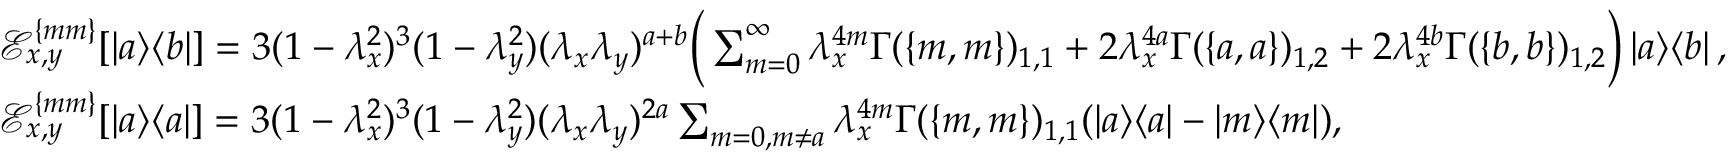
\begin{array} { r l } & { \mathcal { E } _ { x , y } ^ { \{ m m \} } [ \left| a \middle > \middle < b \right| ] = 3 ( 1 - \lambda _ { x } ^ { 2 } ) ^ { 3 } ( 1 - \lambda _ { y } ^ { 2 } ) ( \lambda _ { x } \lambda _ { y } ) ^ { a + b } \bigg ( \sum _ { m = 0 } ^ { \infty } \lambda _ { x } ^ { 4 m } \Gamma ( \{ m , m \} ) _ { 1 , 1 } + 2 \lambda _ { x } ^ { 4 a } \Gamma ( \{ a , a \} ) _ { 1 , 2 } + 2 \lambda _ { x } ^ { 4 b } \Gamma ( \{ b , b \} ) _ { 1 , 2 } \bigg ) \left| a \middle > \middle < b \right| , } \\ & { \mathcal { E } _ { x , y } ^ { \{ m m \} } [ \left| a \middle > \middle < a \right| ] = 3 ( 1 - \lambda _ { x } ^ { 2 } ) ^ { 3 } ( 1 - \lambda _ { y } ^ { 2 } ) ( \lambda _ { x } \lambda _ { y } ) ^ { 2 a } \sum _ { m = 0 , m \neq a } \lambda _ { x } ^ { 4 m } \Gamma ( \{ m , m \} ) _ { 1 , 1 } ( \left| a \middle > \middle < a \right| - \left| m \middle > \middle < m \right| ) , } \end{array}